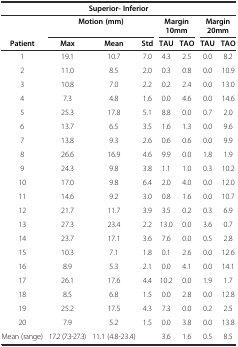
<table><thead><tr><td colspan="8"><b>Superior- Inferior</b></td></tr><tr><td></td><td colspan="3"><b>Motion (mm)</b></td><td colspan="2"><b>Margin 10mm</b></td><td colspan="2"><b>Margin 20mm</b></td></tr><tr><td><b>Patient</b></td><td><b>Max</b></td><td><b>Mean</b></td><td><b>Std</b></td><td><b>TAU</b></td><td><b>TAO</b></td><td><b>TAU</b></td><td><b>TAO</b></td></tr></thead><tbody><tr><td>1</td><td>19.1</td><td>10.7</td><td>7.0</td><td>4.3</td><td>2.5</td><td>0.0</td><td>8.2</td></tr><tr><td>2</td><td>11.0</td><td>8.5</td><td>2.0</td><td>0.3</td><td>0.8</td><td>0.0</td><td>10.9</td></tr><tr><td>3</td><td>10.8</td><td>7.0</td><td>2.2</td><td>0.2</td><td>2.4</td><td>0.0</td><td>13.0</td></tr><tr><td>4</td><td>7.3</td><td>4.8</td><td>1.6</td><td>0.0</td><td>4.6</td><td>0.0</td><td>14.6</td></tr><tr><td>5</td><td>25.3</td><td>17.8</td><td>5.1</td><td>8.8</td><td>0.0</td><td>0.7</td><td>2.0</td></tr><tr><td>6</td><td>13.7</td><td>6.5</td><td>3.5</td><td>1.6</td><td>1.3</td><td>0.0</td><td>9.6</td></tr><tr><td>7</td><td>13.8</td><td>9.3</td><td>2.6</td><td>0.6</td><td>0.6</td><td>0.0</td><td>9.9</td></tr><tr><td>8</td><td>26.6</td><td>16.9</td><td>4.6</td><td>9.9</td><td>0.0</td><td>1.8</td><td>1.9</td></tr><tr><td>9</td><td>24.3</td><td>9.8</td><td>3.8</td><td>1.1</td><td>1.0</td><td>0.3</td><td>10.2</td></tr><tr><td>10</td><td>17.0</td><td>9.8</td><td>6.4</td><td>2.0</td><td>4.0</td><td>0.0</td><td>12.0</td></tr><tr><td>11</td><td>14.6</td><td>9.2</td><td>3.0</td><td>0.8</td><td>1.6</td><td>0.0</td><td>10.7</td></tr><tr><td>12</td><td>21.7</td><td>11.7</td><td>3.9</td><td>3.5</td><td>0.2</td><td>0.3</td><td>6.9</td></tr><tr><td>13</td><td>27.3</td><td>23.4</td><td>2.2</td><td>13.0</td><td>0.0</td><td>3.6</td><td>0.7</td></tr><tr><td>14</td><td>23.7</td><td>17.1</td><td>3.6</td><td>7.6</td><td>0.0</td><td>0.5</td><td>2.8</td></tr><tr><td>15</td><td>10.3</td><td>7.1</td><td>1.8</td><td>0.1</td><td>2.6</td><td>0.0</td><td>12.6</td></tr><tr><td>16</td><td>8.9</td><td>5.3</td><td>2.1</td><td>0.0</td><td>4.1</td><td>0.0</td><td>14.1</td></tr><tr><td>17</td><td>26.1</td><td>17.6</td><td>4.4</td><td>10.2</td><td>0.0</td><td>1.9</td><td>1.7</td></tr><tr><td>18</td><td>8.5</td><td>6.8</td><td>1.5</td><td>0.0</td><td>2.8</td><td>0.0</td><td>12.8</td></tr><tr><td>19</td><td>25.2</td><td>17.5</td><td>4.3</td><td>7.3</td><td>0.0</td><td>0.2</td><td>2.5</td></tr><tr><td>20</td><td>7.9</td><td>5.2</td><td>1.5</td><td>0.0</td><td>3.8</td><td>0.0</td><td>13.8</td></tr><tr><td>Mean (range)</td><td>17.2 (7.3-27.3)</td><td>11.1 (4.8-23.4)</td><td></td><td>3.6</td><td>1.6</td><td>0.5</td><td>8.5</td></tr></tbody></table>